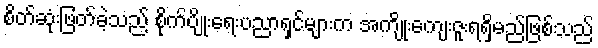
စိတ်ဆုံးဖြတ်ခဲ့သည် စိုက်ပျိုးရေးပညာရှင်များက အကျိုးကျေးဇူးရရှိမည်ဖြစ်သည်